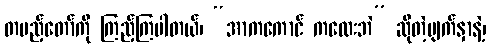
တပည့်တော်ကို ကြည့်ကြပါတယ်၊ “အာကကောင် ကလေးဘဲ” ဆိုတဲ့မျက်နှာနဲ့၊